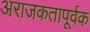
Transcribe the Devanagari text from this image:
अराजकतापूर्वक